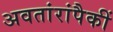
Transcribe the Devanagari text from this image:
अवतांरांपैकीं